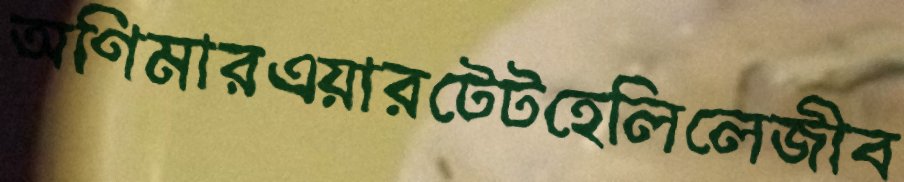
অণিমারএয়ারটেটহেলিলেজীব